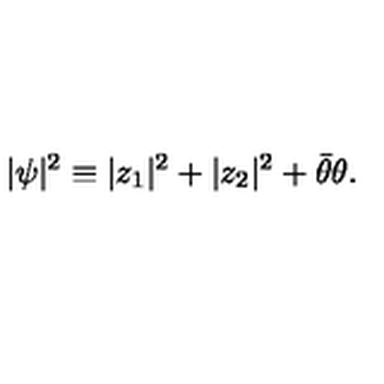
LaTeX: | \psi | ^ { 2 } \equiv | z _ { 1 } | ^ { 2 } + | z _ { 2 } | ^ { 2 } + \bar { \theta } \theta .